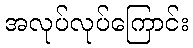
အလုပ်လုပ်ကြောင်း